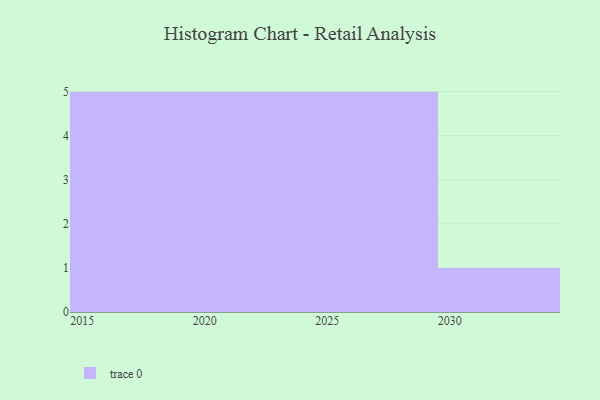
{"axis": {"x": "Year", "y": "Inventory Turnover"}, "legend": [""], "data": [{"x": "2028", "y": 17, "type": ""}, {"x": "2018", "y": 63, "type": ""}, {"x": "2019", "y": 18, "type": ""}, {"x": "2023", "y": 65, "type": ""}, {"x": "2024", "y": 9, "type": ""}, {"x": "2030", "y": 41, "type": ""}, {"x": "2026", "y": 4, "type": ""}, {"x": "2027", "y": 4, "type": ""}, {"x": "2017", "y": 27, "type": ""}, {"x": "2029", "y": 23, "type": ""}, {"x": "2020", "y": 79, "type": ""}, {"x": "2025", "y": 74, "type": ""}, {"x": "2016", "y": 72, "type": ""}, {"x": "2015", "y": 66, "type": ""}, {"x": "2022", "y": 89, "type": ""}, {"x": "2021", "y": 21, "type": ""}]}